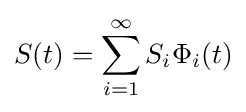
S(t)=\sum _{i=1}^{\infty }S_{i}\Phi _{i}(t)